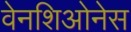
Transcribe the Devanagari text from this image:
वेनशिओनेस